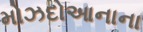
મોઝદોઆનાના